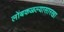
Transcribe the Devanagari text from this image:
लोंबकळल्यासारखा